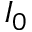
I _ { 0 }